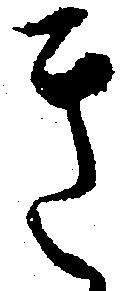
き